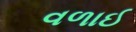
વળાઈ